Sanitation, dispensaries and jails vaccination Rajputana 1922-1927 - 1922-1927
Year: 1922
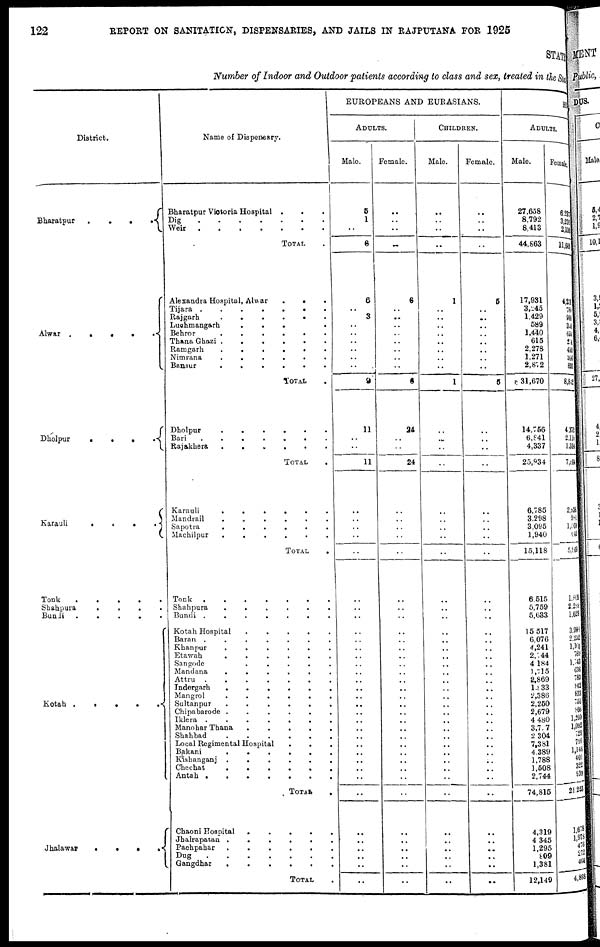
122
REPORT ON SANITATION, DISPENSARIES, AND JAILS IN RAJPUTANA FOR 1925
STATE
Number of Indoor and Outdoor patients according to class and sex, treated in the State,
District.
Bharatpur
....
Alwar
.....
Dholpur
.....
Karauli
....
Tonk
.....
Shahpura
....
Bundi
....
Kotah
.....
Jhalawar
....
Name of Dispensary.
Bharatpur Victoria Hospital
...
Dig
.......
Weir .......
TOTAL .
Alexandra Hospital, Alwar
...
Tijara
.......
Rajgarh
......
Luchmangarh
.....
Behror
......
Thana Ghazi
......
Ramgarh
......
Nimrana
......
Bansur
......
TOTAL .
Dholpur
......
Bari
.......
Rajakhera
......
TOTAL .
Karauli
......
Mandrail
......
Sapotra
......
Machilpur
......
TOTAL .
Tonk
.......
Shahpura
......
Bundi
.......
Kotah Hospital
.....
Baran
.......
Khanpur
......
Etawah
......
Sangode
.....
Mandana
......
Attru
.......
Indergarh
......
Mangrol ........
Sultanpur
......
Chipabarode
......
Iklera
.......
Manohar Thana
.....
Shahbad
......
Local Regimental Hospital
...
Bakani
......
Kishanganj
......
Chechat
......
Antah
.......
TOTAL .
Chaoni Hospital
.....
Jhalrapatan
......
Pachpahar
......
Dug
.......
Gangdhar
......
TOTAL .
EUROPEANS AND EURASIANS.
ADULTS.
Male.
5
1
..
6
6
.. 3
..
..
..
..
..
..
9
11
..
..
11
..
..
..
..
..
..
..
..
..
..
..
..
..
..
..
..
..
..
..
..
..
..
..
..
..
..
..
..
..
..
..
..
..
..
Female.
..
..
..
..
6
.. ..
..
..
..
..
..
..
6
24
..
..
24
..
..
..
..
..
..
..
..
..
..
..
..
..
..
..
..
..
..
..
..
..
..
..
..
..
..
..
..
..
..
..
..
..
..
CHILDREN.
Male.
..
..
..
..
1
.. ..
..
..
..
..
..
..
1
..
..
..
..
..
..
..
..
..
..
..
..
..
..
..
.. ..
..
..
..
..
..
..
..
..
..
..
..
..
..
..
..
..
..
..
..
..
..
Female.
..
..
..
..
5
..
..
..
..
..
..
..
..
5
..
..
..
..
..
..
..
..
..
..
..
..
..
..
..
..
..
..
..
..
..
..
..
..
..
..
..
..
..
..
..
..
..
..
..
..
..
..
HIN
ADULTS.
Male.
27,658
8,792
8,413
44,863
17,931
3,245
1,429
589
1,440
615
2,278
1,271
2,872
31,670
14,756
6,841
4,337
25,934
6,785
3,298
3,095
1,940
15,118
6,515
5,759
5,033
15,517
6,076
4,241
2,744
4,184
1,715
2,869
1,833
2,386
2,250
2,679
4,480
3,707
2,304
7,381
4,389
1,788
1,508
2,744
74,815
4,319
4,345
1,295
809
1,381
12,149
Female.
6,237
3,236
2,136
11,609
4,231
788
900
326
654
254 450
396
831
8,842
4,372
2,118
1, 314
7,804
2,838
981
1,509
641
5,969
1, 809
2,288
1,629
3,908
2,252
1,160
789
1, 743
636
783
842
833
751
866
1,260
1,092
729
799
1,143
401
322
939
21,253
1,678
1,978
476 272
464
4,868